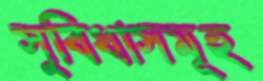
সুবিধাসমূহ